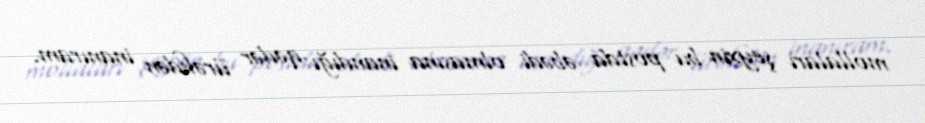
mollaları şeyxin bu postda əbədi olmasına inandığı qədər ürəkdən inanıram.